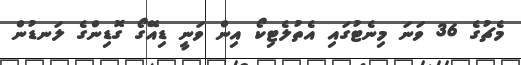
މެޗުގެ 36 ވަނަ މިނެޓުގައި އެތުލެޓިކޯ އިން ވަނީ ޑިއޭގޯ ގޮޑިންގެ ލަނޑުން